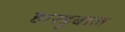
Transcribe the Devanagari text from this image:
हास्ड्रुबाल